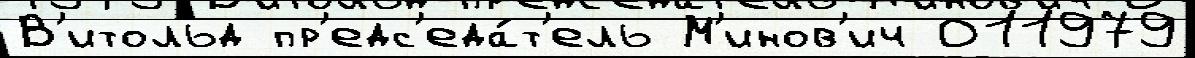
В'итольд пр'едс'еда́т'ель М'инов'ич 011979